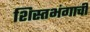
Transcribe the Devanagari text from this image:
शिस्तभंगाची